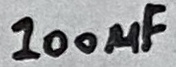
Text: 100µF